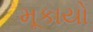
મૂકાયો